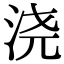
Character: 浇